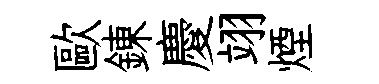
歐錬慶翊煙